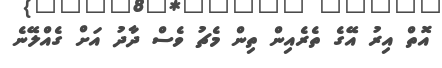
އޮތް އިރު އޭގެ ތެރެއިން ތިން މެޗު ވެސް ދާދު އަށް ގެއްލޭނެ